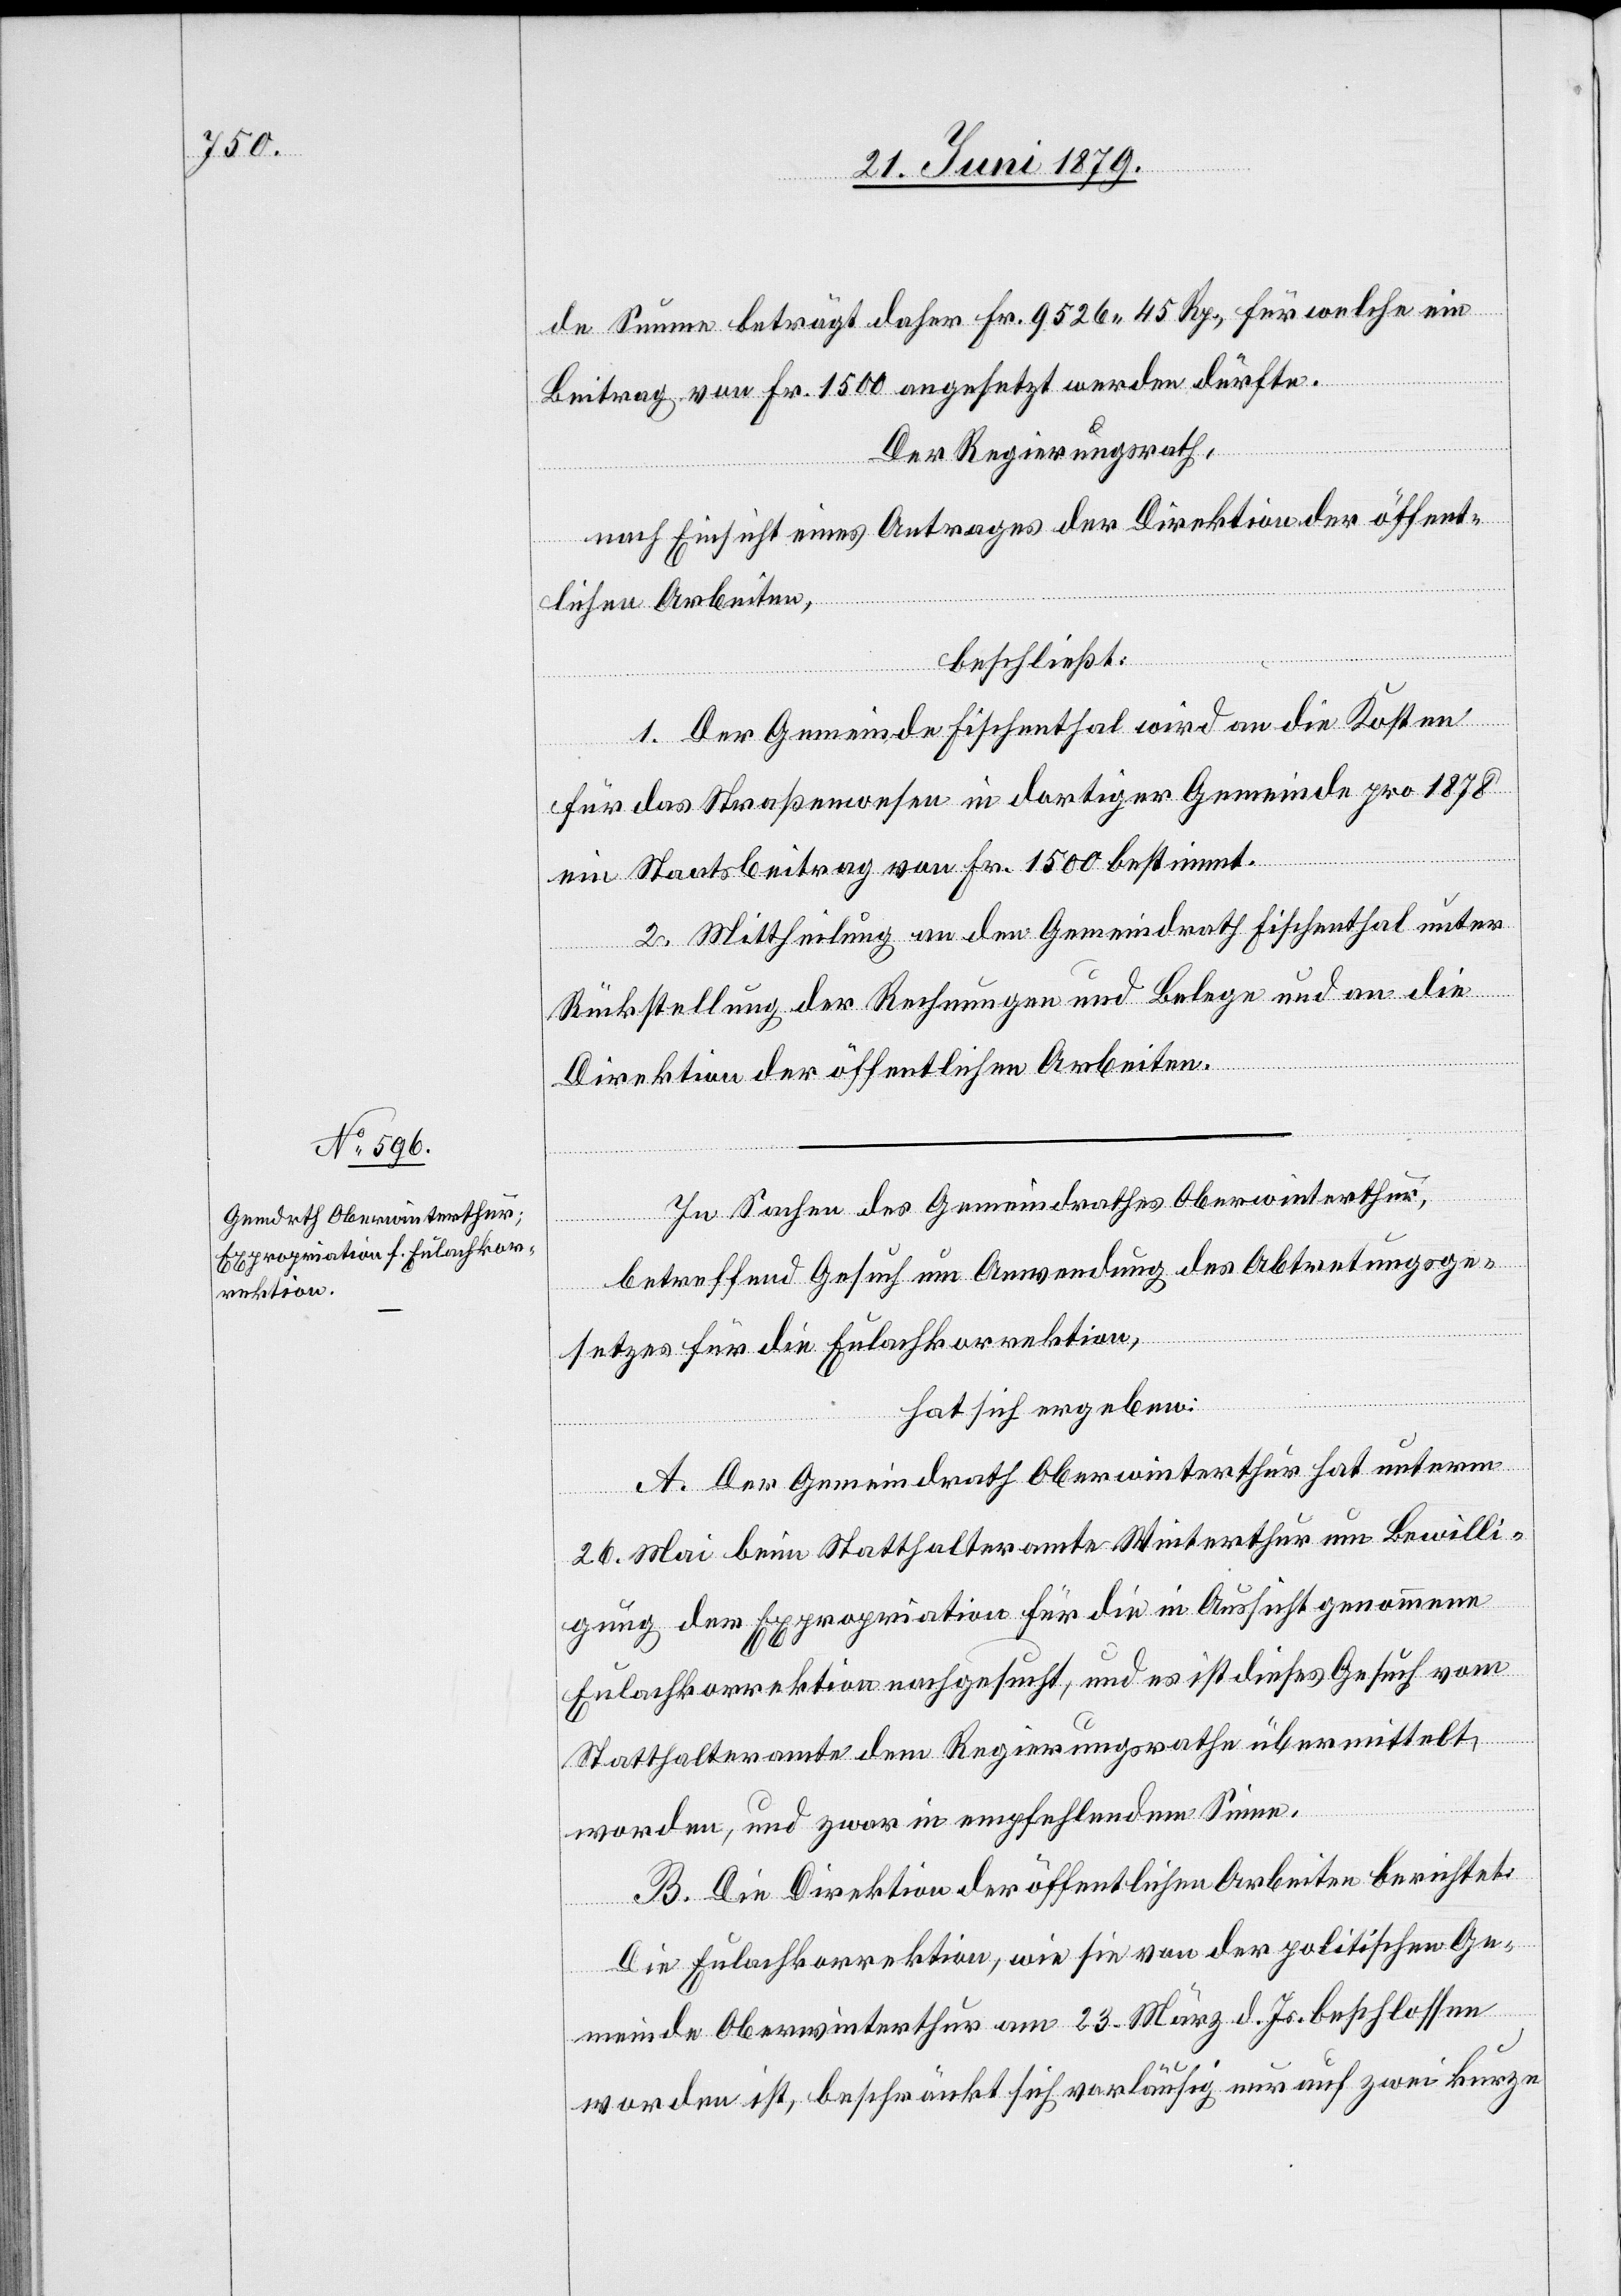
de Summe beträgt daher Fr. 9526 45 Rp., für welche ein
Beitrag von Fr. 1500 angesetzt werden dürfte.
Der Regierungsrath,
nach Einsicht eines Antrages der Direktion der öffent¬
lichen Arbeiten,
beschließt:
1. Der Gemeinde Fischenthal wird an die Kosten
für das Straßenwesen in dortiger Gemeinde pro 1878
ein Staatsbeitrag von Fr. 1500 bestimmt.
2. Mittheilung an den Gemeindrath Fischenthal unter
Rückstellung der Rechnungen und Belege und an die
Direktion der öffentlichen Arbeiten.
In Sachen des Gemeindrathes Oberwinterthur,
betreffend Gesuch um Anwendung des Abtretungsge¬
setzes für die Eulachkorrektion,
hat sich ergeben:
A. Der Gemeindrath Oberwinterthur hat unterm
26. Mai beim Statthalteramte Winterthur um Bewilli¬
gung der Expropriation für die in Aussicht genommene
Eulachkorrektion nachgesucht, und es ist dieses Gesuch vom
Statthalteramte dem Regierungsrathe übermittelt
worden, und zwar in empfehlendem Sinne.
B. Die Direktion der öffentlichen Arbeiten berichtet:
Die Eulachkorrektion, wie sie von der politischen Ge¬
meinde Oberwinterthur am 23. März d. Js. beschlossen
worden ist, beschränkt sich vorläufig nur auf zwei kurze